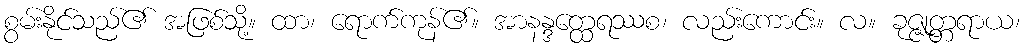
စွမ်းနိုင်သည်၏ အဖြစ်သို့။ ထာ၊ ရောက်ကုန်၏။ အာနန္ဒတ္ထေရဿစ၊ လည်းကောင်း။ လ။ ခုဇ္ဇုတ္တရာယ၊